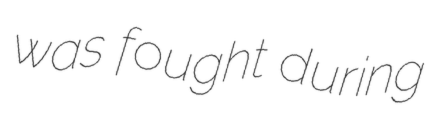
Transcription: was fought during